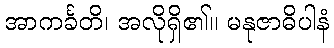
အာကင်္ခတိ၊ အလိုရှိ၏။ မနုဇာဓိပါနံ